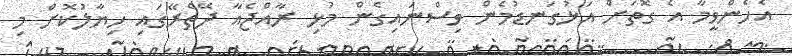
އެހެންވީމާ އެ ގޮތަށް އަޅުގަނޑުމެން ވިސްނައިގެން މުޅި ރާއްޖެއާ ދޭތެރޭގައި ހިޔާލުކޮށް މި